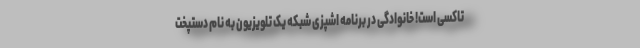
تاکسی است! خانوادگی در برنامه اشپزی شبکه یک تلویزیون به نام دستپخت